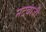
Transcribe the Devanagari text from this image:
नटबाजी